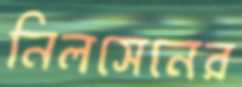
নিলসেনের